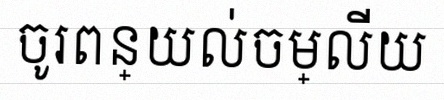
ចូរពន្យល់ចម្លើយ